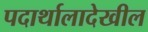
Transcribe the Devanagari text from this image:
पदार्थालादेखील